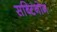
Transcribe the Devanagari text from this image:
सब्टिनोन